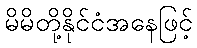
မိမိတို့နိုင်ငံအနေဖြင့်